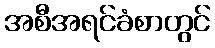
အစီအရင်ခံစာတွင်